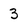
Character: 3